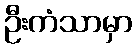
ဦးကံသာမှာ